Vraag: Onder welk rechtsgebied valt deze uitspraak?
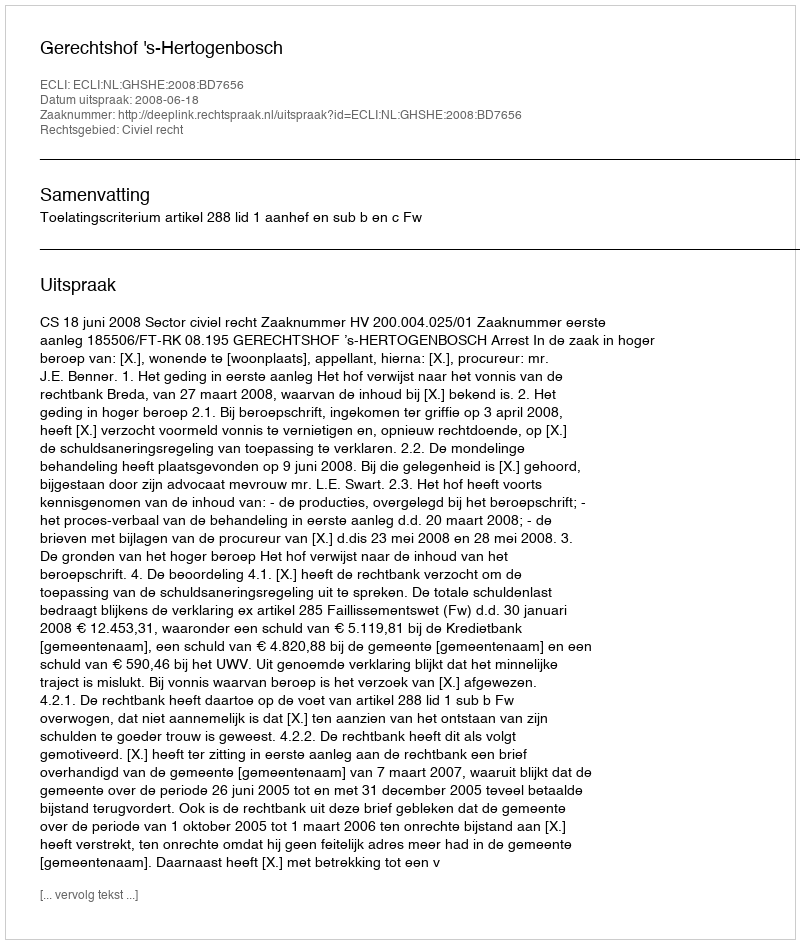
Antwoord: Civiel recht